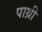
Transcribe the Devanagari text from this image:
पाथ्री